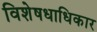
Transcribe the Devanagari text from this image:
विशेषधाधिकार